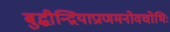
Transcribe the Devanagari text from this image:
बुद्धीन्द्रियाप्राणमनोवचोभिः